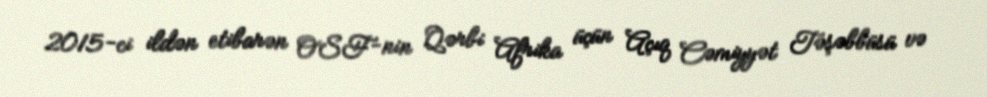
2015-ci ildən etibarən OSF-nin Qərbi Afrika üçün Açıq Cəmiyyət Təşəbbüsü və